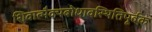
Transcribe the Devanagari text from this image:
शिवात्मैक्यबोधावस्थितिपूर्वक